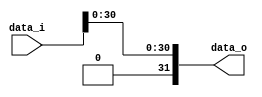
module FP_Abs(data_i, data_o);
    parameter DATA_WIDTH = 32;

    input [DATA_WIDTH - 1:0] data_i;
    output [DATA_WIDTH - 1:0] data_o;

    assign data_o = { 1'b0, data_i[30:0] };
endmodule